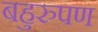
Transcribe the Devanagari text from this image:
बहुरुपण